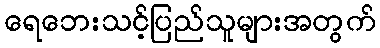
ရေဘေးသင့်ပြည်သူများအတွက်